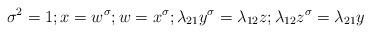
LaTeX: \begin{align*}\sigma^2=1; x=w^{\sigma}; w=x^{\sigma}; \lambda_{21}y^{\sigma}=\lambda_{12}z; \lambda_{12}z^{\sigma}=\lambda_{21}y\end{align*}